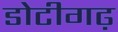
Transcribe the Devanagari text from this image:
डोटीगढ़